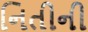
નિતીની